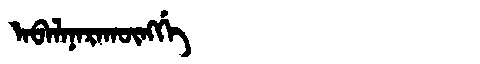
Manchu: ᠠᠪᠠᠯᠠᠨᠠᡵᠠᡴᡡᠩᡤᡝ
Romanization: ABALANARAKŪNGGE